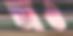
আও